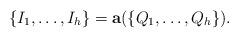
LaTeX: \begin{align*}\{I_1,\ldots,I_h\}={\bf a}(\{Q_1,\ldots,Q_h\}).\end{align*}